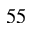
^ Ḋ 5 5 Ḍ